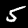
Digit: 5